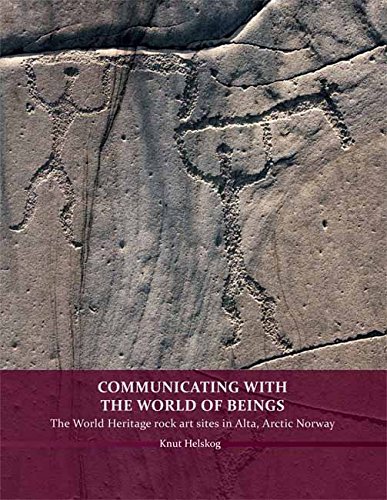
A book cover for Communicating with the World of Beings: The World Heritage rock art sites in Alta, Arctic Norway; Knut Helskog; History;